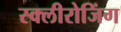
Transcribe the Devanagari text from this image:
स्क्लीरोजिंग